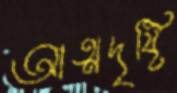
আত্মদৃষ্টি